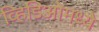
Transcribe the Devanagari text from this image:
व्हिडिओमध्ये